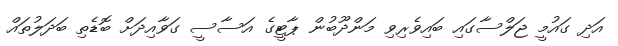
އަދި ގައުމީ ޖަލްސާގައި ބައިވެރިވި މަންދޫބުން ޕާޓީގެ އަސާސީ ގަވާއިދަށް ބޮޑެތި ބަދަލުތައް